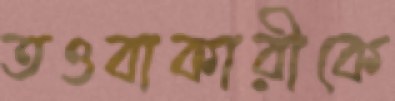
তওবাকারীকে